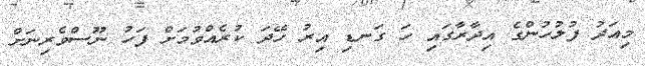
މިއަދު ފުލުހުންގެ އިދާރާގައި ހަ ގަނޑި އިރު ހޭދަ ކުރެއްވުމަށް ފަހު ނޫސްވެރިނަށް